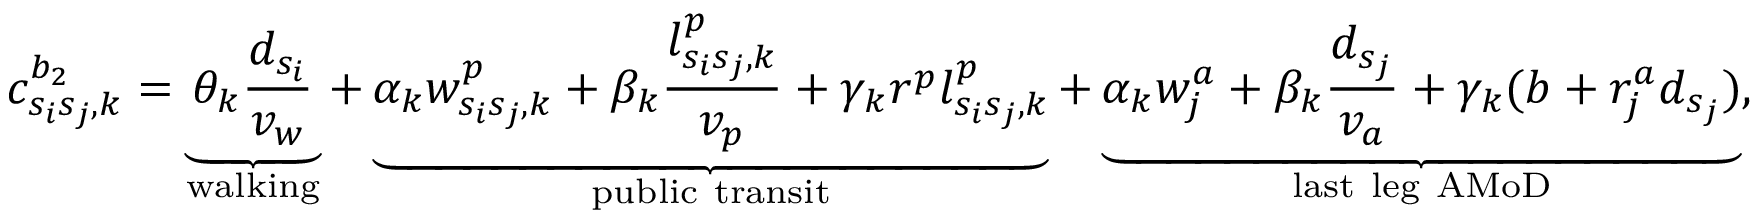
c _ { s _ { i } s _ { j } , k } ^ { b _ { 2 } } = \underbrace { \theta _ { k } \frac { d _ { s _ { i } } } { v _ { w } } } _ { \mathrm { w a l k i n g } } + \underbrace { \alpha _ { k } w _ { s _ { i } s _ { j } , k } ^ { p } + \beta _ { k } \frac { l _ { s _ { i } s _ { j } , k } ^ { p } } { v _ { p } } + \gamma _ { k } r ^ { p } l _ { s _ { i } s _ { j } , k } ^ { p } } _ { \mathrm { p u b l i c ~ t r a n s i t } } + \underbrace { \alpha _ { k } w _ { j } ^ { a } + \beta _ { k } \frac { d _ { s _ { j } } } { v _ { a } } + \gamma _ { k } ( b + r _ { j } ^ { a } d _ { s _ { j } } ) } _ { \mathrm { l a s t ~ l e g ~ A M o D } } ,